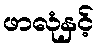
ဖာလုံနှင့်